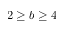
2 \geq b \geq 4